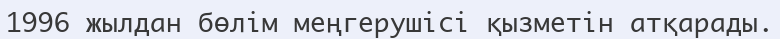
1996 жылдан бөлім меңгерушісі қызметін атқарады.